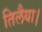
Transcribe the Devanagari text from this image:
तिलैया।